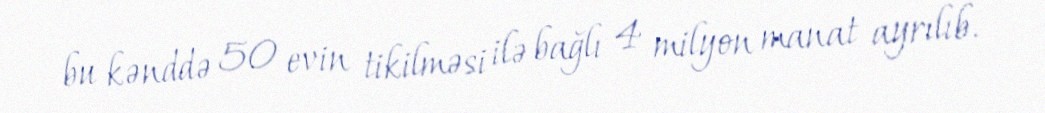
bu kənddə 50 evin tikilməsi ilə bağlı 4 milyon manat ayrılıb.